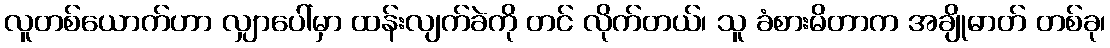
လူတစ်ယောက်ဟာ လျှာပေါ်မှာ ထန်းလျက်ခဲကို တင် လိုက်တယ်၊ သူ ခံစားမိတာက အချိုဓာတ် တစ်ခု၊